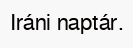
Iráni naptár.